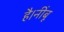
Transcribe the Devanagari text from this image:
है।नींबू